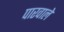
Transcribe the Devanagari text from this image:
पारवाले